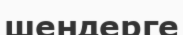
шендерге